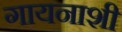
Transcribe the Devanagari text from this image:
गायनाशी